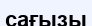
сағызы